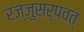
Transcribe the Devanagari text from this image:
रज्जुसर्पवत्‌